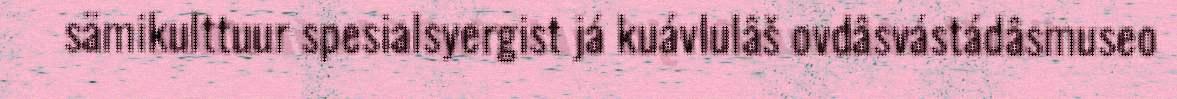
sämikulttuur spesialsyergist já kuávlulâš ovdâsvástádâsmuseo